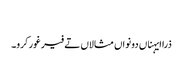
‏
ذرا ایہناں دونواں مثالاں تے فیر غور کرو۔